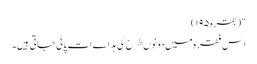
“(بقرہ۱۹۵)
اس فقرہ میں دونوںطرح کی ہداےات پائی جاتی ہیں۔